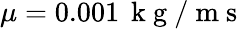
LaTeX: \mu=0.001\, \mathrm{~k~g~/~m~s~}